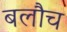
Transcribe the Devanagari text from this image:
बलौच